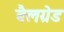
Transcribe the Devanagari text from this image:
बैलग्रेड